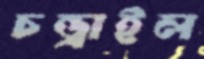
চন্ড্রাইল